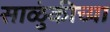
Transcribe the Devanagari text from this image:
साळुंकीच्या